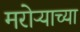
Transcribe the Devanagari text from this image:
मरोऱ्याच्या